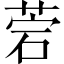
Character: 菪